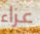
عزاء